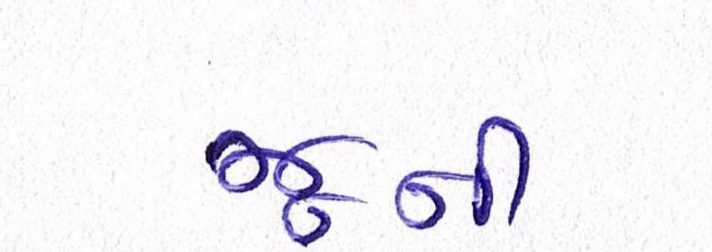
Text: જૂની